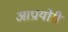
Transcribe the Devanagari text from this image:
आप्रायोरी